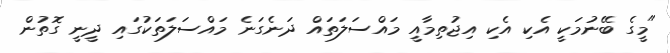
"މީގެ ބޭނުމަކީ އެކި އެކި އިޖުތިމާއީ މައްސަލަތައް ދަނެގަނެ މައްސަލަތަކުގައި ދީނީ ގޮތުން